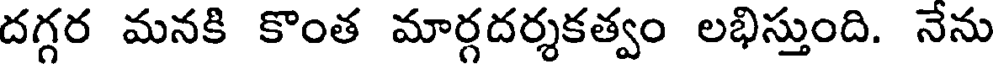
దగ్గర మనకి కొంత మార్గదర్శకత్వం లభిస్తుంది. నేను